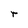
Character: r